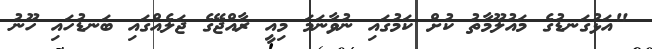
"އަޅުގަނޑުގެ މައުލޫމާތު ކުށް ކަމުގައި ނުވާނަމަ މިއީ ރާއްޖޭގެ ޖަލެއްގައި ބަނޑުހައި ހޫނު